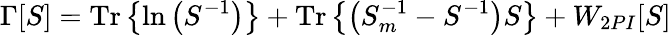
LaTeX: \Gamma[S]=\mathrm{Tr}\left\{ \ln\left(S^{-1}\right)\right\} +\mathrm{Tr}\left\{ \left(S_{m}^{-1}-S^{-1}\right)S\right\} +W_{2PI}[S]